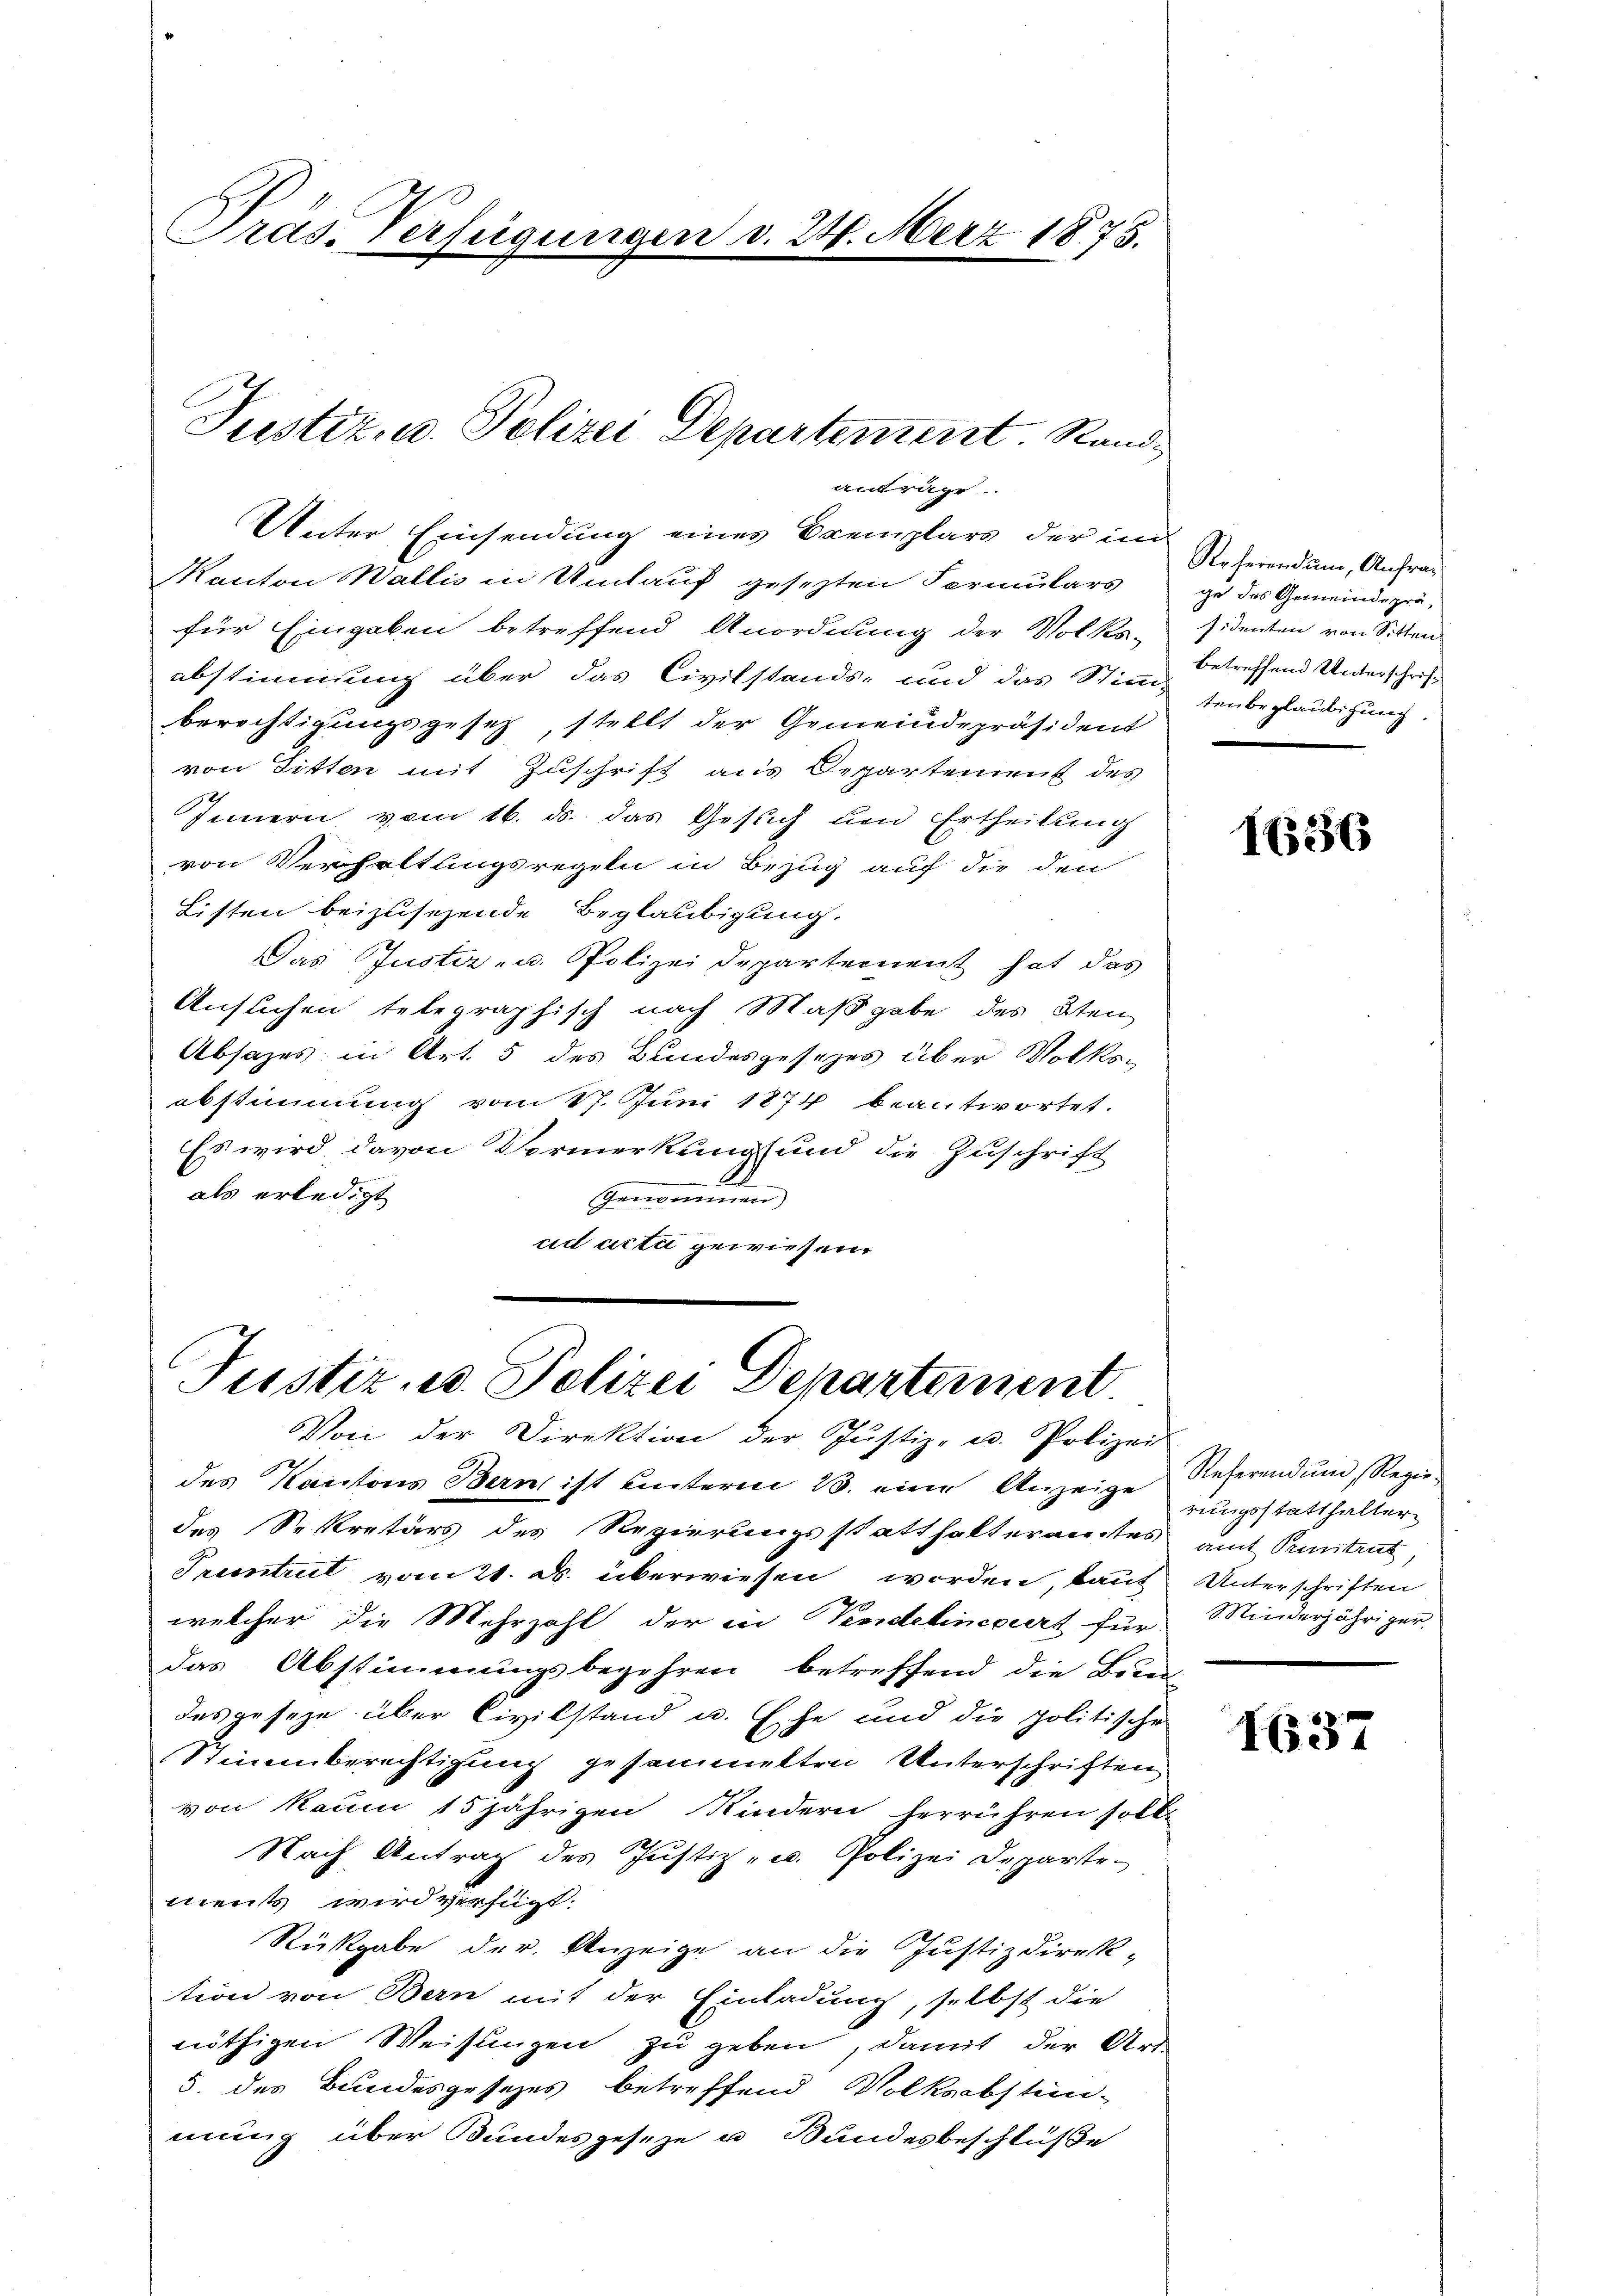
Präs. Verfügungen v. 24. März 1875.

anträge.

Justiz- u. Polizei Departement. Rand¬

Unter Einsendung eines Exemplars der im
Kanton Wallis in Umlauf gesezten Formulars
für Eingaben betreffend Anordnung der Volks-
abstimmung über das Civilstands- und das Stimm-
berichtigungsgesetz, stellt der Gemeindepräsident
von Sitten mit Zuschrift aus Departement des
Innern vom 16. ds. das Gesuch und Ertheilung
von Verhaltungsregeln in Bezug auf die den
Listen beizusehende Beglaubigung.
Das Justiz- u. Polizei Departement hat das
Ansuchen telegraphisch nach Maßgabe des 2ten
Absatzes in Art. 5 des Bundesgesezes über Volksabstimung vom 17. Juni 1874 beantwortet.
Es wird davon Vermerkung und die Zuschrift
als erledigt
Genommen
ad acta gewiesen.

Justiz u. Polizei Departement
Von der Direktion der Justiz- u. Polizei

des Kantons Bern ist unterm 23. eine Anzeigerungsstatthalter
des Sekretärs des Regierungsstatthalteramtes
Pruntrut vom 21. ds. überwiesen worden, kauf
welcher die Mehrzahl der in Peridelineviert für
das Abstimmungsbegehren betreffend die Bota-
des geseze über Civilstand u. Ehe und die politische
Stimmberechtigung gesammelten Unterschriften
von kaum 15 jährigen Kindern herrühren solle
Nach Antrag des Justiz- u. Polizei Departe
ments wird verfügt:
Rükgabe der Anzeige an die Justizdirek-
tion von Bern mit der Einladung, selbst die
nöthigen Weisungen zu geben, damit der Art
5. des Bundesgesezes betreffend Volksabstin-
mung über Bundesgeseze u. Bundesbeschlüße

Referendum, Anfrag
ge des Gemeinde präsidenten von Sitten
betreffend Unterschriftenbeglaubigung.

136

Referendum Regieamt Pruntrut,
Unterschriften
S. Minderjähriger

1637